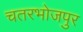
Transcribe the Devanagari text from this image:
चतरभोजपुर